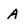
Character: A